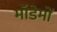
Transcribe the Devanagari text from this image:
मॉडेमों